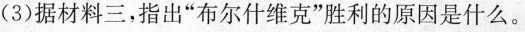
(3)据材料三，指出”布尔什维克”胜利的原因是什么。